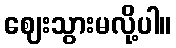
ဈေးသွားမလို့ပါ။